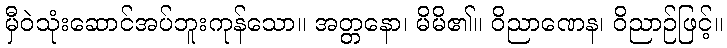
မှီဝဲသုံးဆောင်အပ်ဘူးကုန်သော။ အတ္တနော၊ မိမိ၏။ ဝိညာဏေန၊ ဝိညာဉ်ဖြင့်။